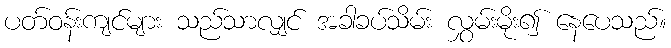
ပတ်ဝန်းကျင်များ သည်သာလျှင် အခါခပ်သိမ်း လွှမ်းမိုး၍ နေပေသည်။